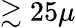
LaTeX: \gtrsim 25\mu